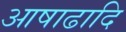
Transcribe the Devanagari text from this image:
आषाढादि